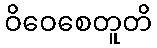
ဝိဝေစေတူတိ